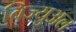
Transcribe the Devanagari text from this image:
विज्युअल